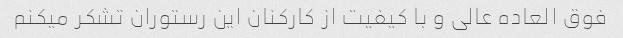
فوق العاده عالی و با کیفیت از کارکنان این رستوران تشکر میکنم